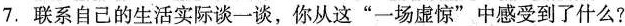
7.联系自己的生活实际谈一谈，你从这”一场虚惊”中感受到了什么?